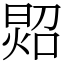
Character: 㷖